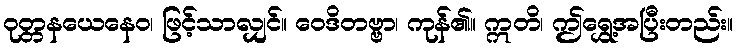
ဝုတ္တနယေနေဝ၊ ဖြင့်သာလျှင်။ ဝေဒိတဗ္ဗာ၊ ကုန်၏။ ဣတိ၊ ဤရွှေ့အပြီးတည်း။